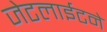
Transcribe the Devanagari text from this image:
जेटलाईटने